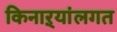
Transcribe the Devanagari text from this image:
किनाऱ्यांलगत